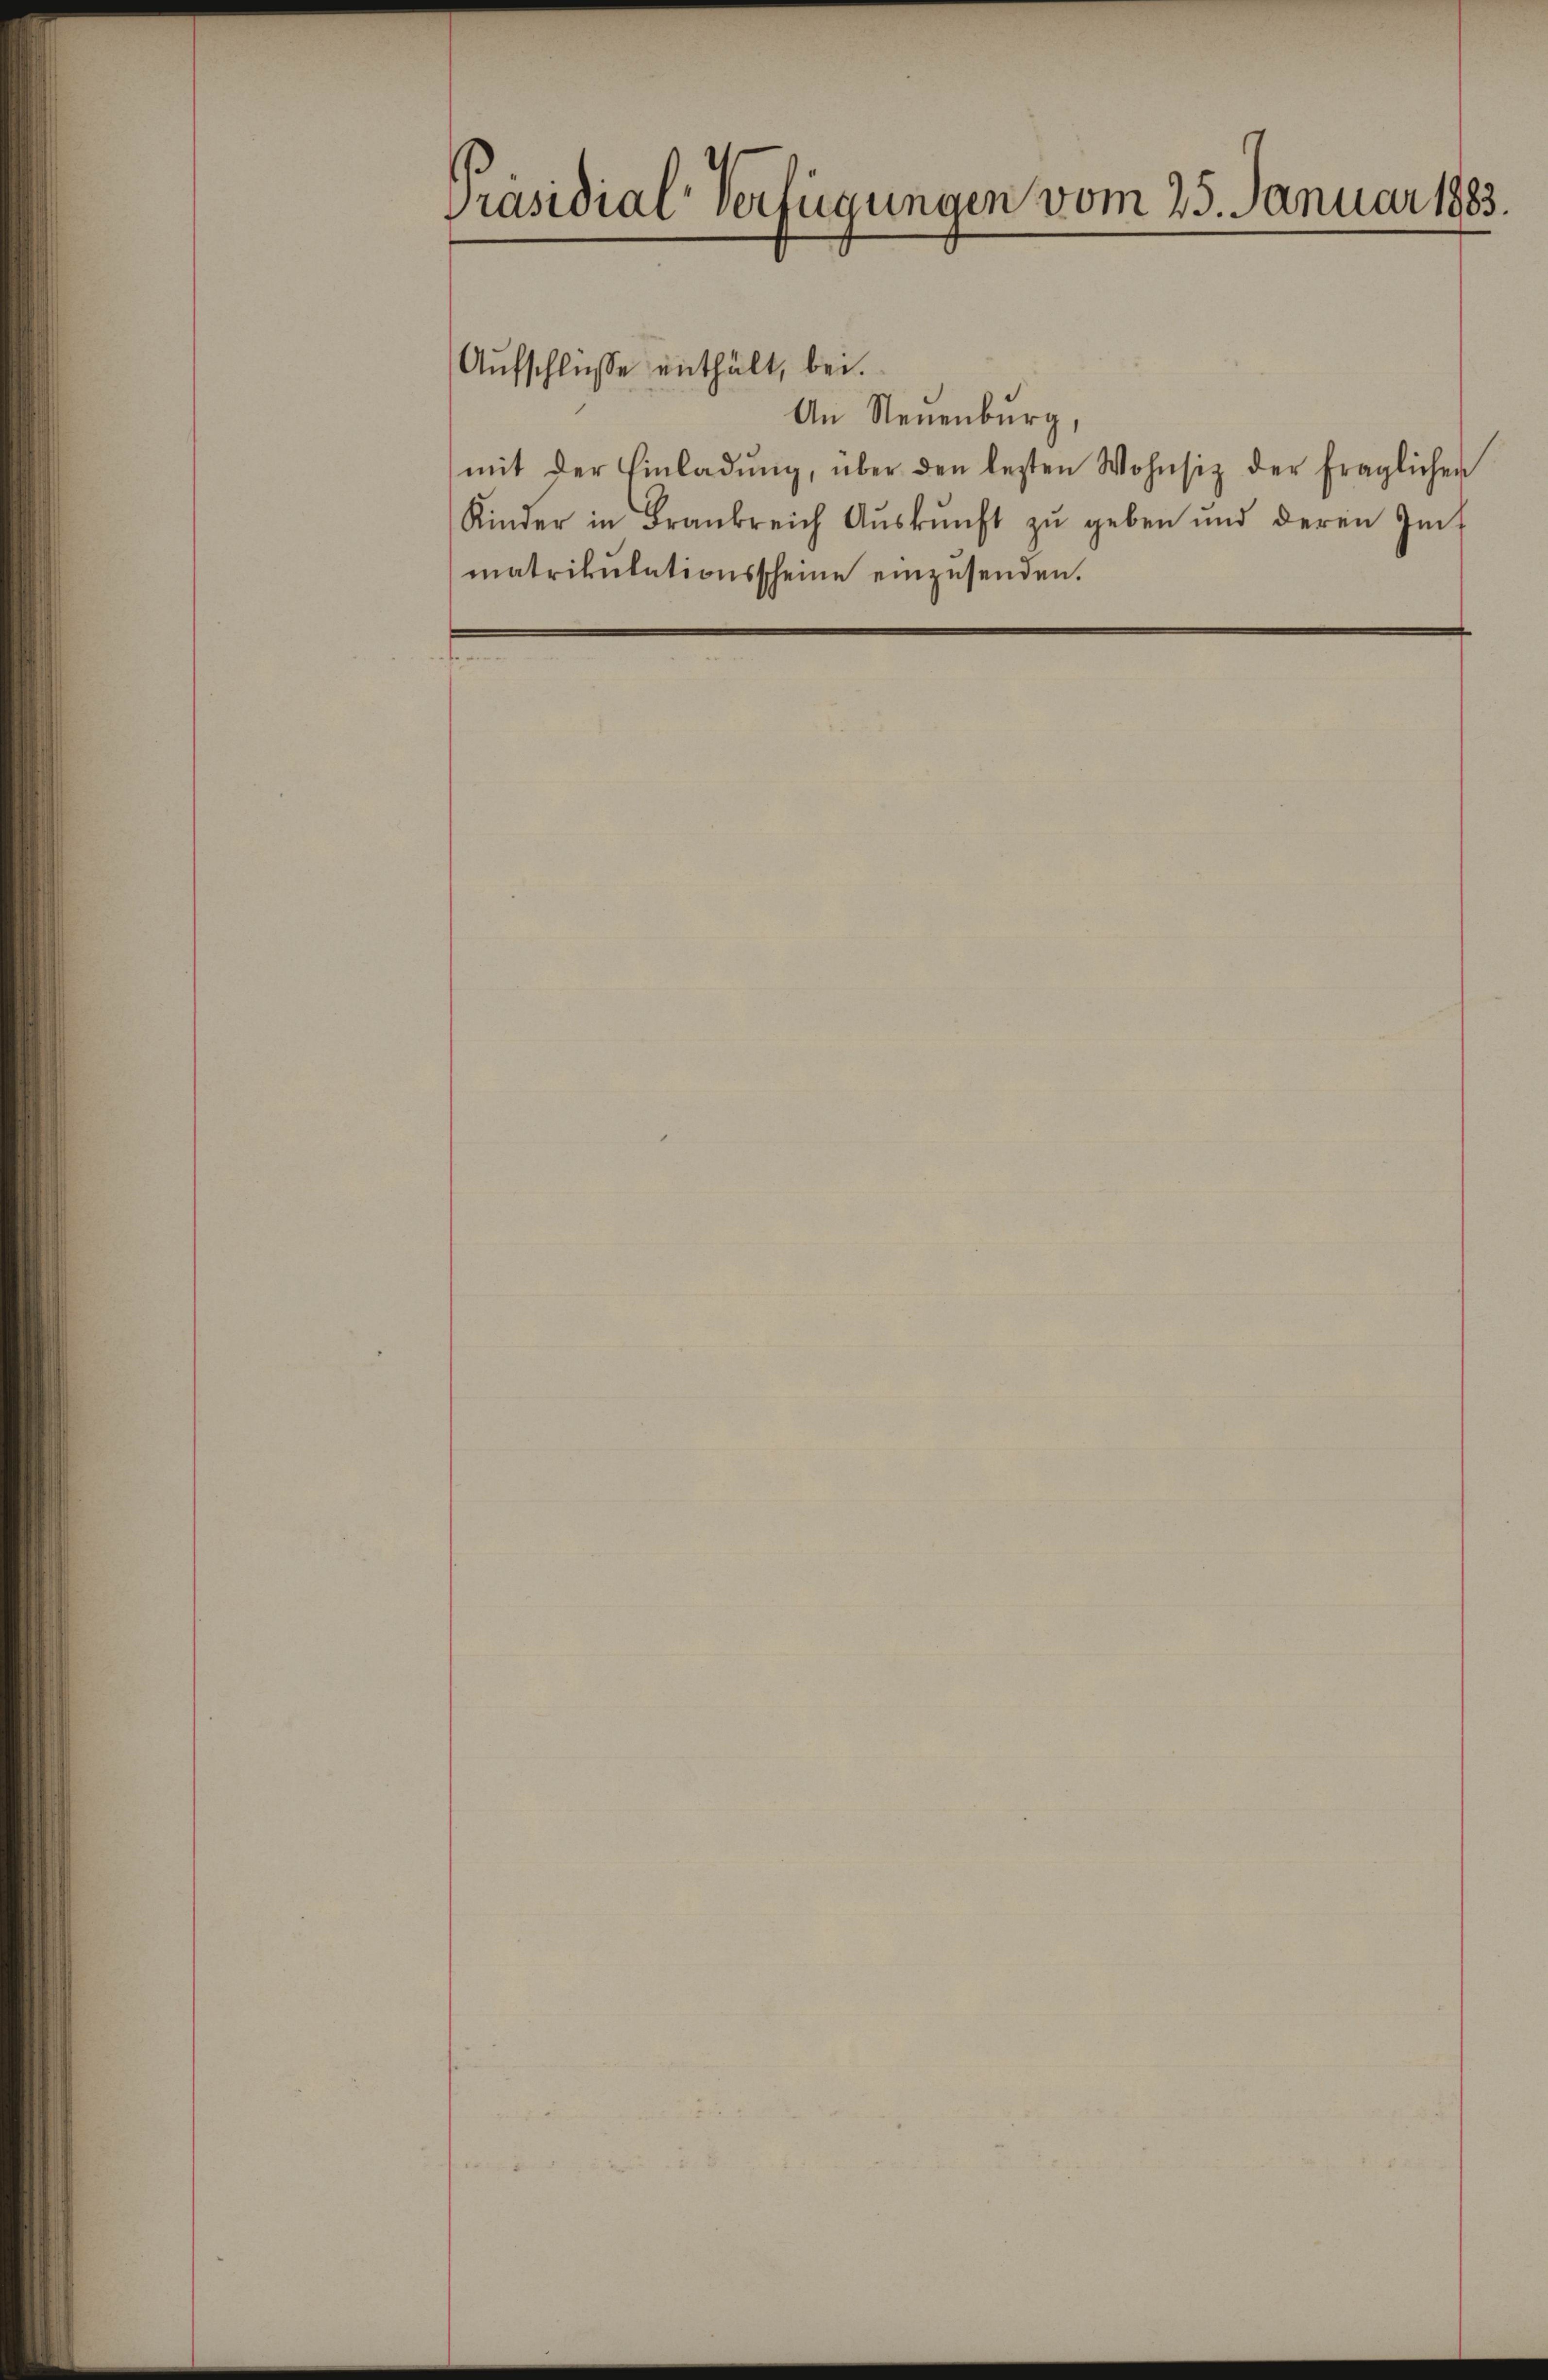
Präsidial-Verfügungen vom 25. Januar 1883.

Aufschlüsse enthält, bei.
An Neuenburg,
mit der Einladŭng, über den letzten Wohnsitz der fraglichen
Kinder in Frankreich Aŭskŭnft zŭ geben und deren Gut
matrikulationsscheine einzusenden.